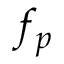
f _ { p }